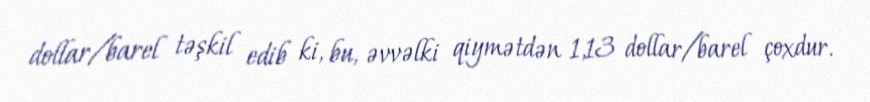
dollar/barel təşkil edib ki, bu, əvvəlki qiymətdən 1,13 dollar/barel çoxdur.